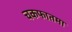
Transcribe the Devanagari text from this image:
चकफातमा